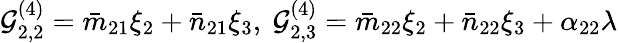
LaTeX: \mathcal{G}_{2,2}^{(4)}=\bar{m}_{21}\xi_{2}+\bar{n}_{21}\xi_{3},~\mathcal{G}_{2,3}^{(4)}=\bar{m}_{22}\xi_{2}+\bar{n}_{22}\xi_{3}+\alpha_{22}\lambda